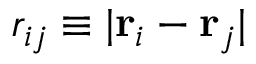
r _ { i j } \equiv | { \bf r } _ { i } - { \bf r } _ { j } |